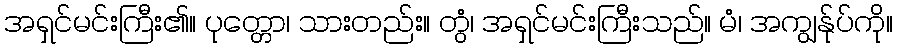
အရှင်မင်းကြီး၏။ ပုတ္တော၊ သားတည်း။ တွံ၊ အရှင်မင်းကြီးသည်။ မံ၊ အကျွန်ုပ်ကို။